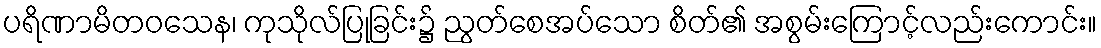
ပရိဏာမိတဝသေန၊ ကုသိုလ်ပြုခြင်း၌ ညွတ်စေအပ်သော စိတ်၏ အစွမ်းကြောင့်လည်းကောင်း။